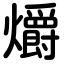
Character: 爝